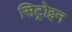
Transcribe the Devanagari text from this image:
सिट्रोइन